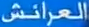
العرائش